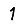
Digit: 1